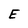
Character: E